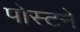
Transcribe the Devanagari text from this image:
पोस्टने